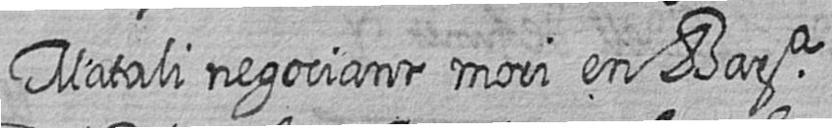
Matali negociant mori en Bara